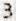
3